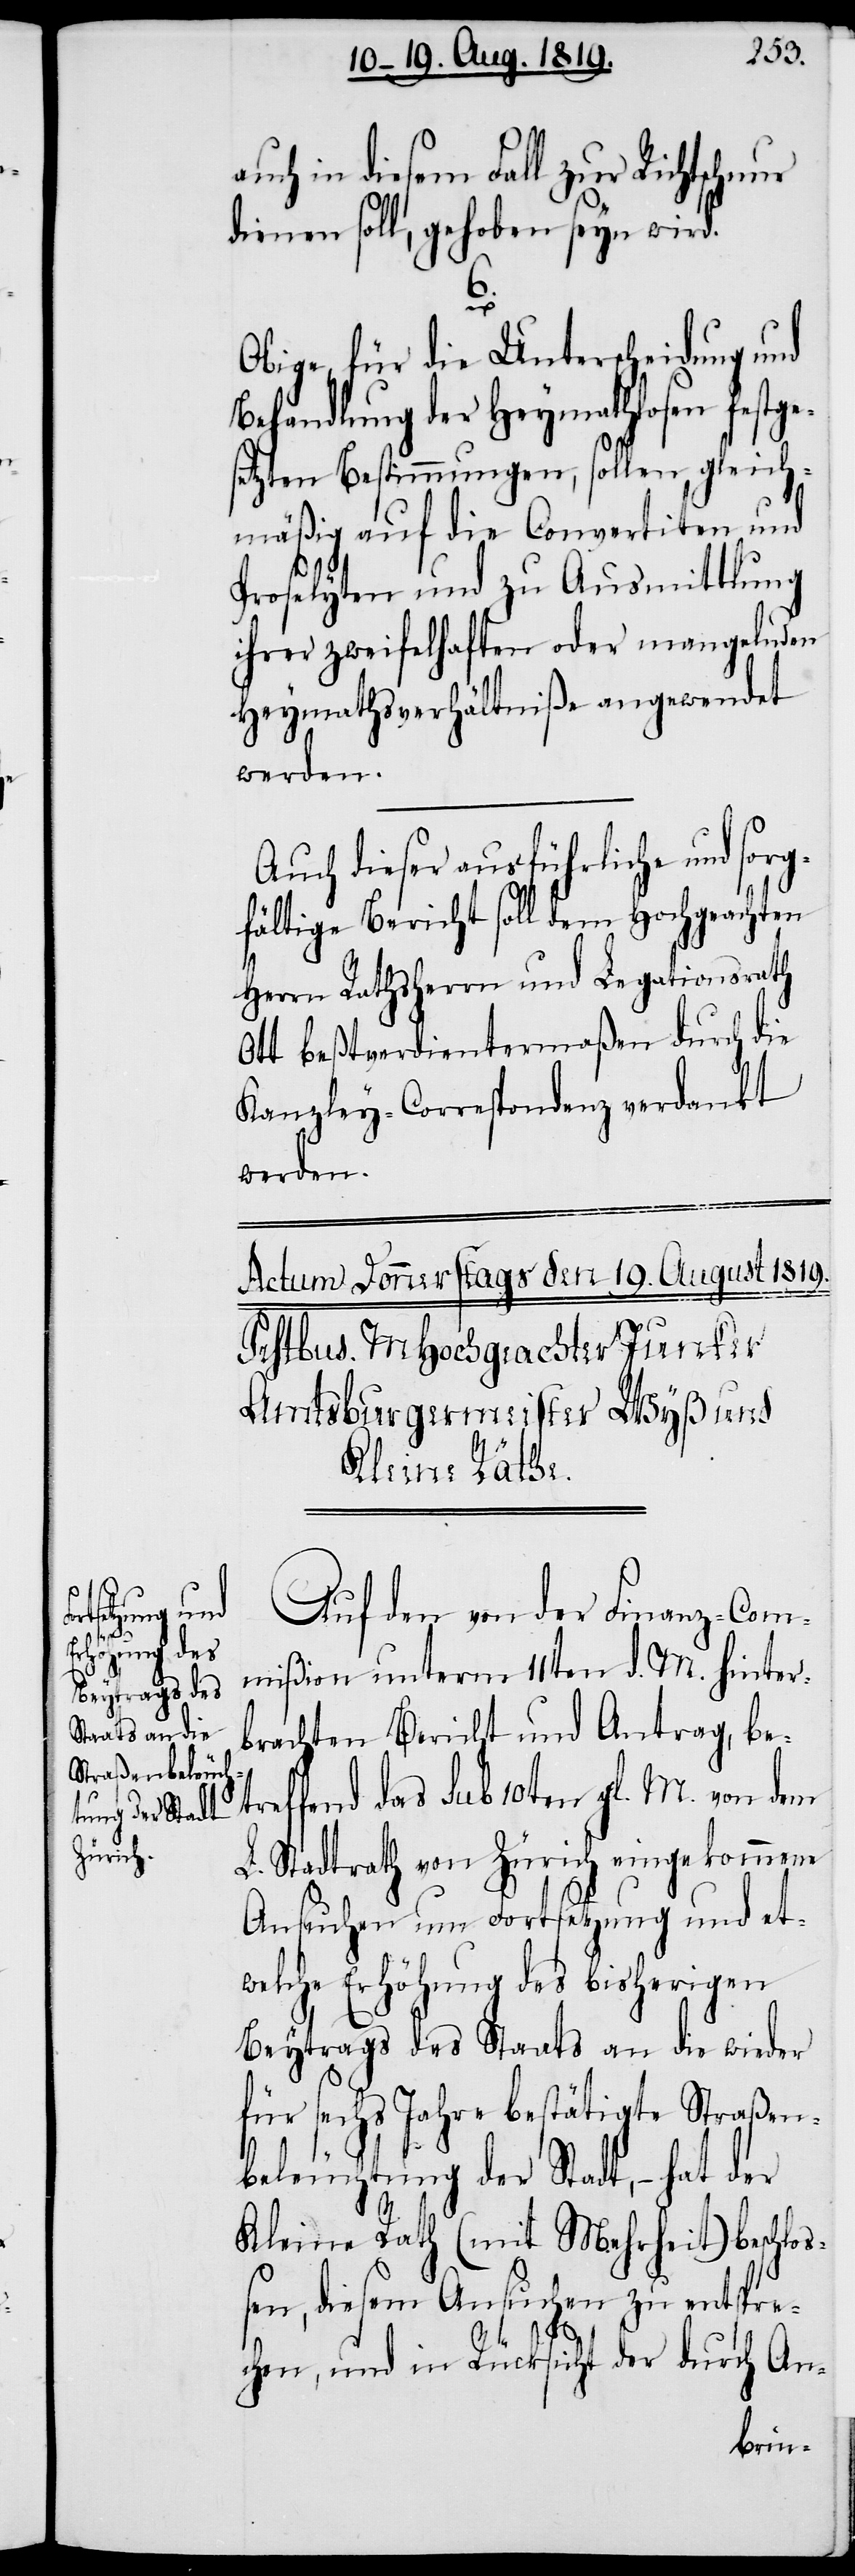
uch in diesem Fall zur Richtschnur
dienen soll, gehoben seyn wird.
6.
Obige, für die Unterscheidung und
Behandlung der Heymathlosen festge¬
setzten Bestimmungen, sollen gleich¬
mäßig auf die Convertiten und
Proselyten und zu Ausmittlung
ihrer zweifelhaften oder mangelnden
Heymathsverhältniße angewendet
werden.
Auch dieser ausführliche und sorg¬
fältige Bericht soll dem Hochgeachten
Ott beßtverdientermaßen durch die
Kanzley-Correspondenz verdankt
werden.
Auf den von der Finanz-Com¬
mißion unterm 11ten d. M. hinter¬
brachten Bericht und Antrag, be¬
treffend das sub 10ten gl. M. von dem
L. Stadtrath von Zürich eingekommene
Ansuchen um Fortsetzung und et¬
welche Erhöhung des bisherigen
Beytrags des Staats an die wieder
für sechs Jahre bestätigte Staßen¬
beleuchtung der Stadt, – hat der
Kleine Rath (mit Mehrheit) beschloß¬
en, diesem Ansuchen zu entspre¬
chen, und in Rücksicht der durch An-